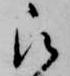
被